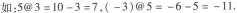
20.(1如：$$5 @ 3 = 1 0 - 3 = 7$$,$$( - 3 ) @ 5 = - 6 - 5 = - 1 1$$，